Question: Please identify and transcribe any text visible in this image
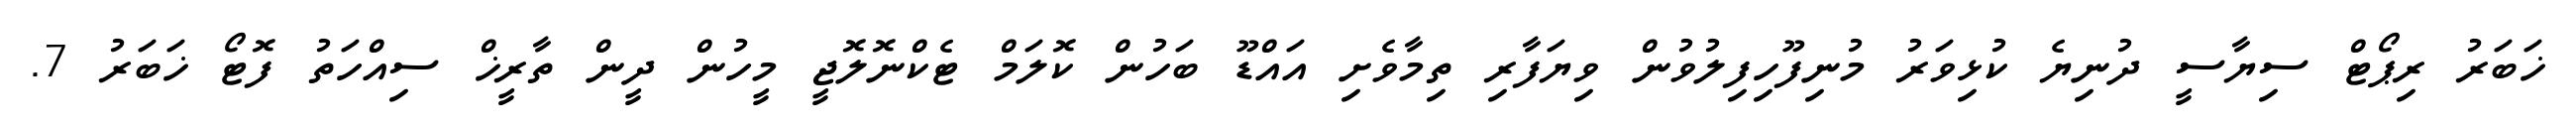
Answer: ޚަބަރު ރިޕޯޓް ސިޔާސީ ދުނިޔެ ކުޅިވަރު މުނިފޫހިފިލުވުން ވިޔަފާރި ތިމާވެށި އައްޑޫ ބަހުން ކޮލަމް ޓެކްނޮލޮޖީ މީހުން ދީން ތާރީޚް ސިއްހަތު ފޮޓޯ ޚަބަރު 7.